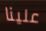
علينا